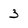
Character: 3